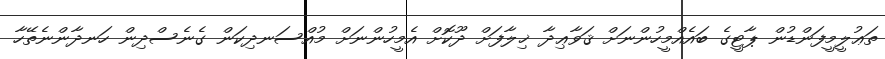
ތަޢުލީމީފަންޑުން ޕާޓީގެ ބައެއްމީހުންނަށް ޤަވާޢިދާ ޚިލާފަށް ދޫކޮށް އެމީހުންނަށް މުއްސަނދިކަން ގެނެސްދިން ހަނދާންނެތޭހާ